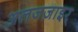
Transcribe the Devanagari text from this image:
अलजज़ाइर्